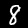
Digit: 8